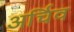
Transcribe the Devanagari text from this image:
अर्चिव